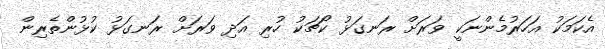
އެކަމަކު އަހަރުމެންނަކީ ވަރަށް ރަނގަޅު ކޯޗަކު ހުރި އަދި ވަރަށް ރަނގަޅު ކުޅުންތެރިން